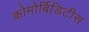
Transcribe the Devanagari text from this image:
कोमोर्बिडिटीस